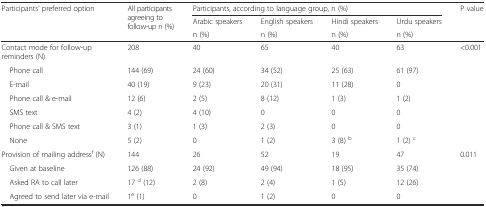
| Participants’ preferred option | <ROWSPAN=3> All participants agreeing to follow-up n (%) | <COLSPAN=4> Participants, according to language group, n (%) | P value |
 | <ROWSPAN=2>  | Arabic speakers | English speakers | Hindi speakers | Urdu speakers | <ROWSPAN=2>  |
 | n (%) | n (%) | n (%) | n (%) |
 | --- | --- | --- | --- | --- | --- | --- |
 | Contact mode for follow-up reminders (N) | 208 | 40 | 65 | 40 | 63 | <0.001 |
 | Phone call | 144 (69) | 24 (60) | 34 (52) | 25 (63) | 61 (97) |  |
 | E-mail | 40 (19) | 9 (23) | 20 (31) | 11 (28) | 0 |  |
 | Phone call & e-mail | 12 (6) | 2 (5) | 8 (12) | 1 (3) | 1 (2) |  |
 | SMS text | 4 (2) | 4 (10) | 0 | 0 | 0 |  |
 | Phone call & SMS text | 3 (1) | 1 (3) | 2 (3) | 0 | 0 |  |
 | None | 5 (2) | 0 | 1 (2) | 3 (8) b | 1 (2) c |  |
 | Provision of mailing addressf (N) | 144 | 26 | 52 | 19 | 47 | 0.011 |
 | Given at baseline | 126 (88) | 24 (92) | 49 (94) | 18 (95) | 35 (74) |  |
 | Asked RA to call later | 17 d (12) | 2 (8) | 2 (4) | 1 (5) | 12 (26) |  |
 | Agreed to send later via e-mail | 1e (1) | 0 | 1 (2) | 0 | 0 |  |